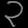
Digit: ၃